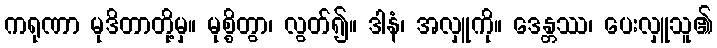
ကရုဏာ မုဒိတာတို့မှ။ မုစ္စိတွာ၊ လွတ်၍။ ဒါနံ၊ အလှူကို။ ဒေန္တဿ၊ ပေးလှူသူ၏